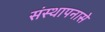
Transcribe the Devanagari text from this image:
संस्थापनासे